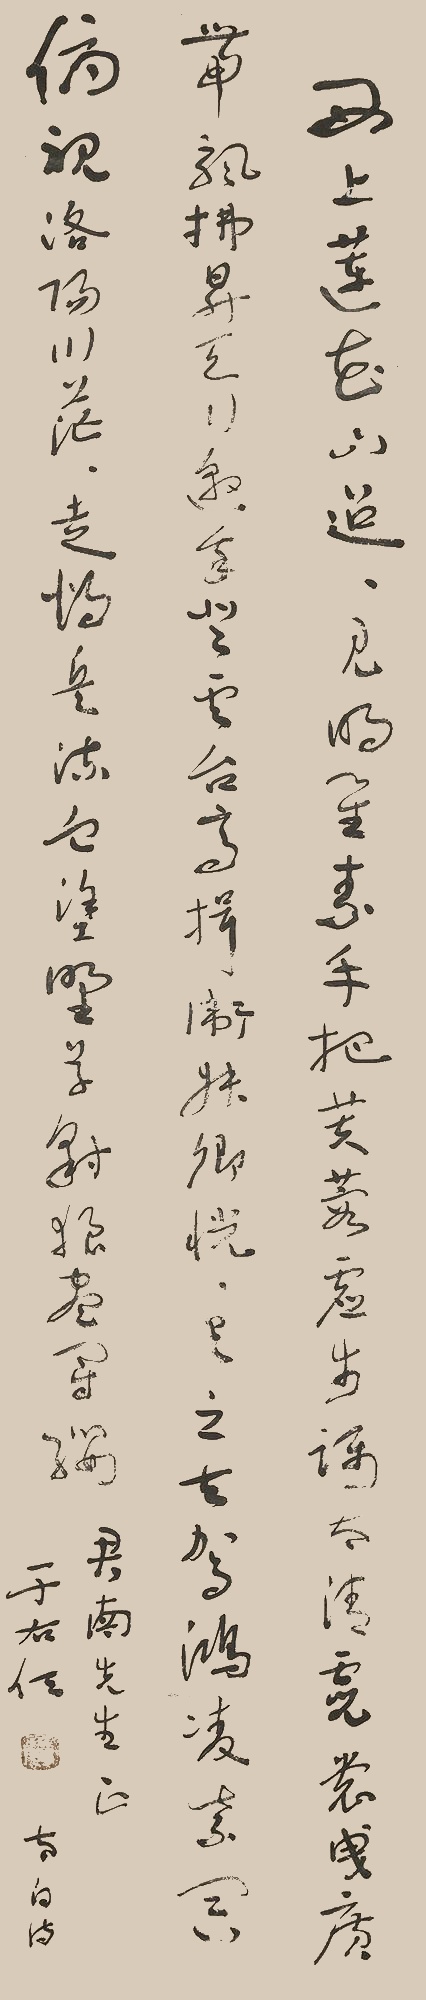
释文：西上莲花山，迢迢见明星。素手把芙蓉，虚步蹑太清。霓裳曳广带，飘拂升天行。邀我登云台，高揖卫叔卿。恍恍与之去，驾鸿凌紫冥。俯视洛阳川，茫茫走胡兵。流血涂野草，豺狼尽冠缨。君南先生正，于右任。